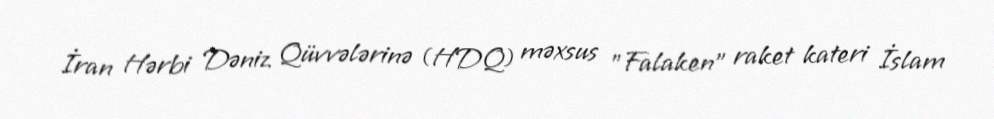
İran Hərbi Dəniz Qüvvələrinə (HDQ) məxsus "Falaken" raket kateri İslam